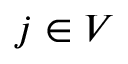
j \in V